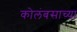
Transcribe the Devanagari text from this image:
कोलंबसाच्या